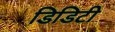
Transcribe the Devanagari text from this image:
डिडिटी